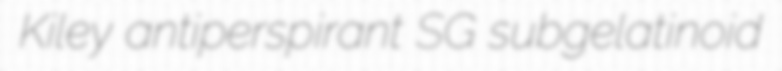
Kiley antiperspirant SG subgelatinoid